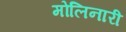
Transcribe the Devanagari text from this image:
मोलिनारी